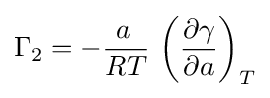
\Gamma _{2}=-{\frac {{a}\,}{RT}}\,\left({\frac {\partial \gamma }{\partial a}}\right)_{T}